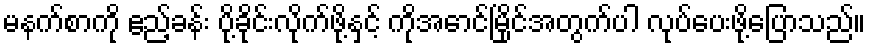
မနက်စာကို ဧည့်ခန်း ပို့ခိုင်းလိုက်ဖို့နှင့် ကိုအောင်မြိုင်အတွက်ပါ လုပ်ပေးဖို့ပြောသည်။